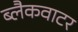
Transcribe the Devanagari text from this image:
ब्लैकवाटर